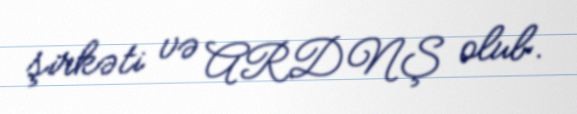
şirkəti və ARDNŞ olub.